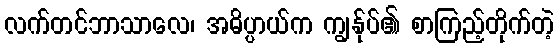
လက်တင်ဘာသာလေ၊ အဓိပ္ပာယ်က ကျွန်ုပ်၏ စာကြည့်တိုက်တဲ့